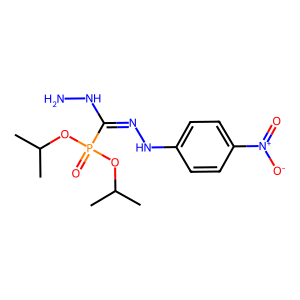
SMILES: CC(C)OP(=O)(OC(C)C)C(=NNc1ccc([N+](=O)[O-])cc1)NN
Inhibits HIV replication: No